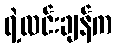
ရဲ့လင်းချန်က